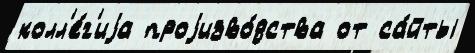
колл'е́г'иjа проjизво́дства от са́йты